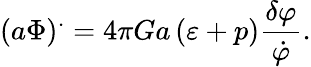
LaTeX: \left(a\Phi\right)^{.}=4\pi Ga\left(\varepsilon+p\right)\frac{\delta\varphi}{\dot{\varphi}}.